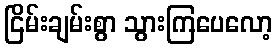
ငြိမ်းချမ်းစွာ သွားကြပေလော့